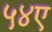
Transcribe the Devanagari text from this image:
५४ए